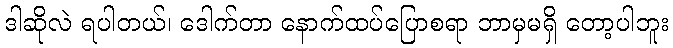
ဒါဆိုလဲ ရပါတယ်၊ ဒေါက်တာ နောက်ထပ်ပြောစရာ ဘာမှမရှိ တော့ပါဘူး